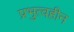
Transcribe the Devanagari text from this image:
प्रभुत्वहीन